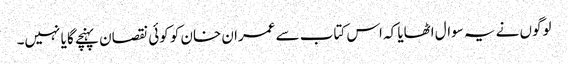
لوگوں نے یہ سوال اٹھایا کہ اس کتاب سے عمران خان کو کوئی نقصان پہنچے گا یا نہیں۔